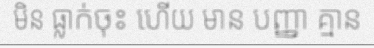
មិន ធ្លាក់ចុះ ហើយ មាន បញ្ញា គ្មាន